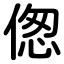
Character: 偬